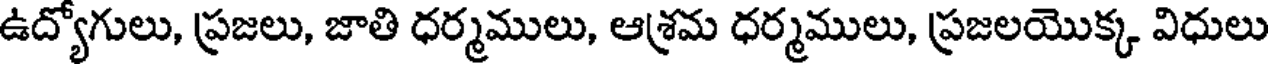
ఉద్యోగులు, ప్రజలు, జాతి ధర్మములు, ఆశ్రమ ధర్మములు, ప్రజలయొక్క విధులు